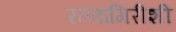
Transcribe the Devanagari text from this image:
रत्नागिरीशी